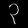
Digit: ၃